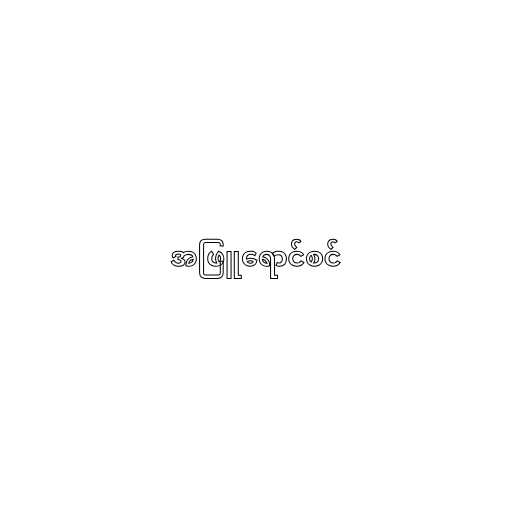
အဖြူရောင်စင်